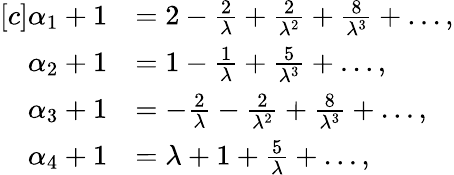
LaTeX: \begin{array}{rl}{[c]\alpha_{1}+1}&{=2-\frac{2}{\lambda}+\frac{2}{\lambda^{2}}+\frac{8}{\lambda^{3}}+\dots,}\\ {\alpha_{2}+1}&{=1-\frac{1}{\lambda}+\frac{5}{\lambda^{3}}+\dots,}\\ {\alpha_{3}+1}&{=-\frac{2}{\lambda}-\frac{2}{\lambda^{2}}+\frac{8}{\lambda^{3}}+\dots,}\\ {\alpha_{4}+1}&{=\lambda+1+\frac{5}{\lambda}+\dots,}\end{array}